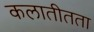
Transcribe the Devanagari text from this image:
कलातीतता